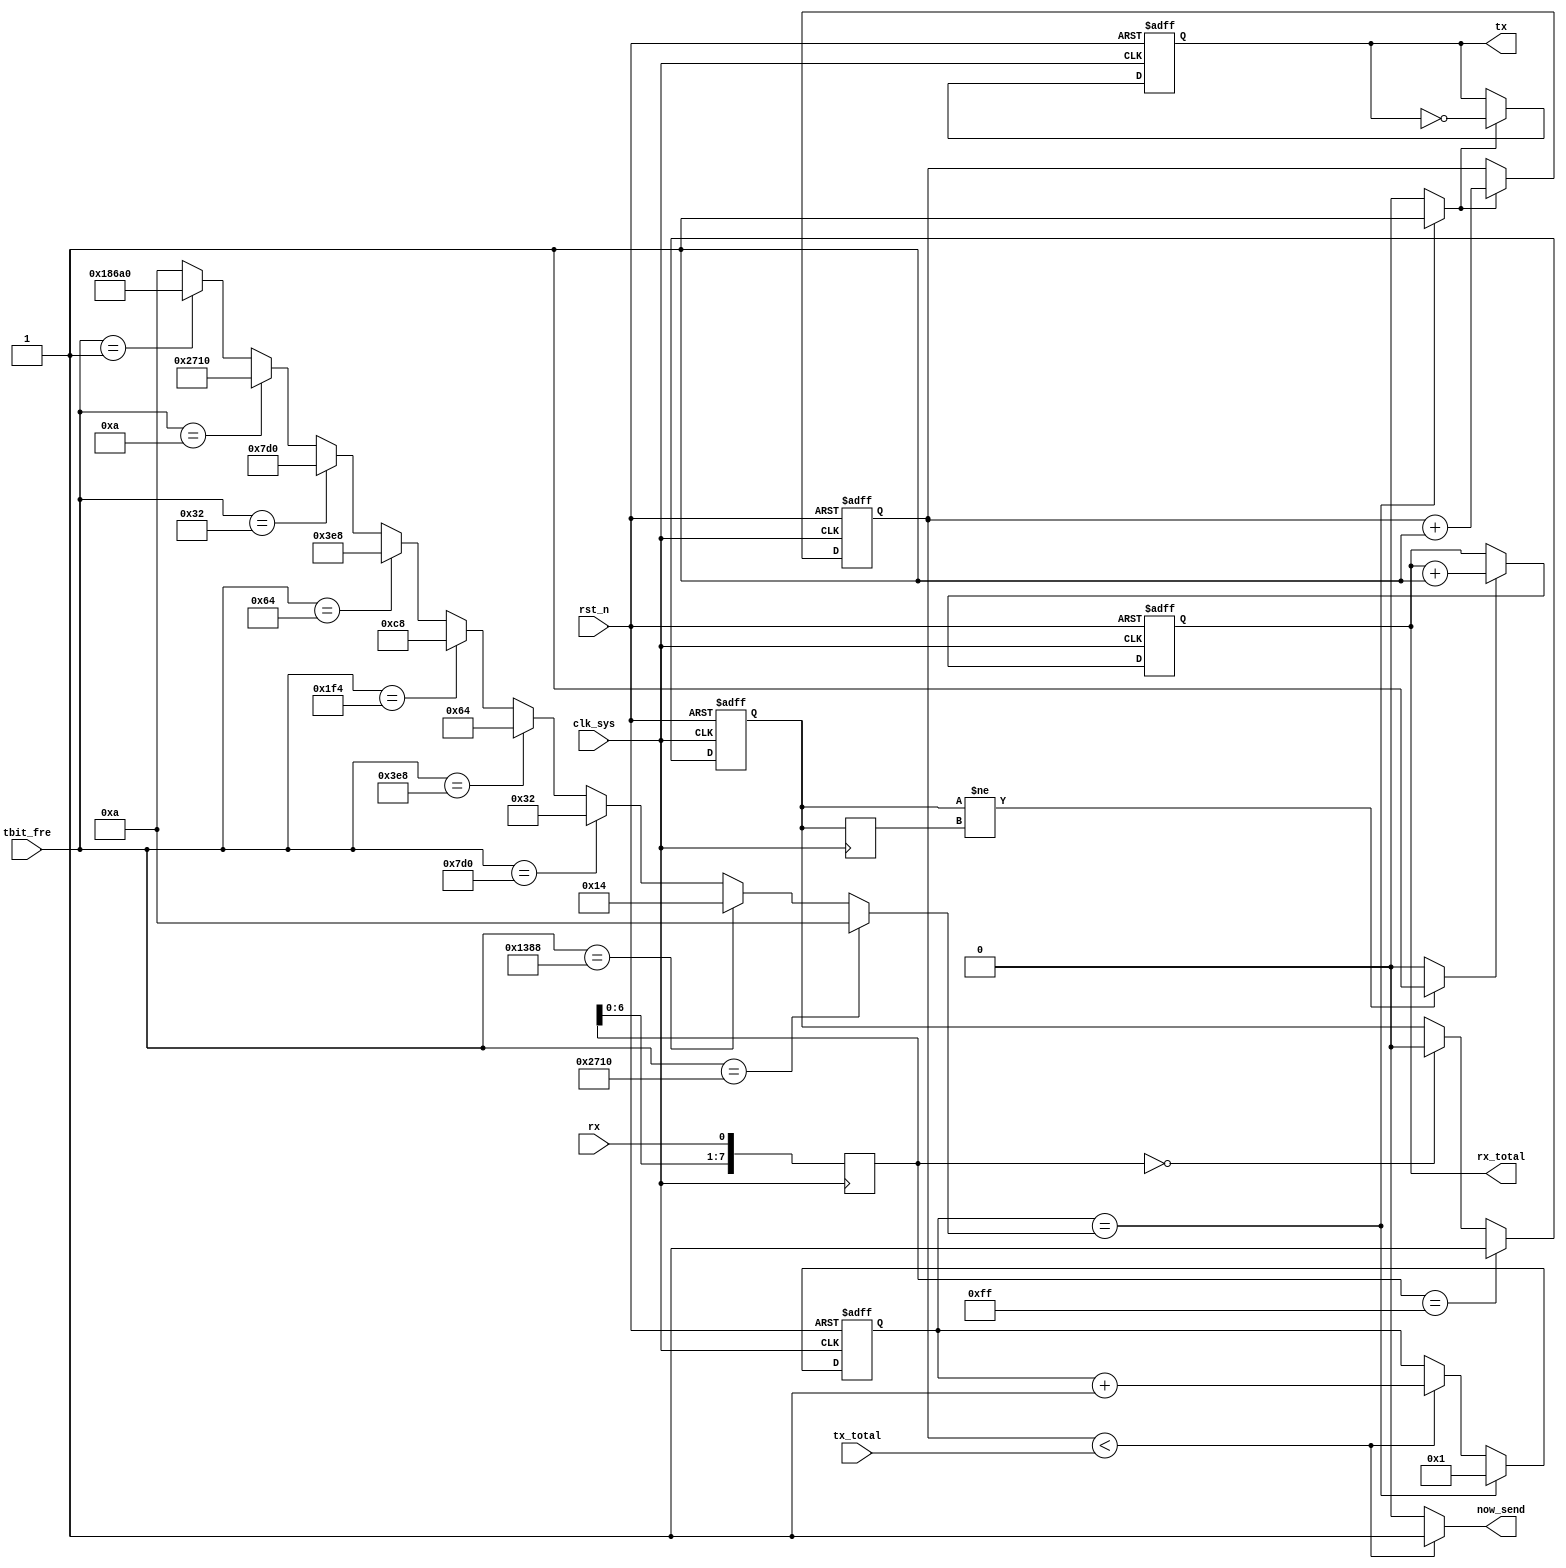
//commu_top.v



module commu_top(
tx,
rx,
//configuration
tbit_fre,
tx_total,
rx_total,
now_send,
//clk rst
clk_sys,
rst_n
);
output tx;
input  rx;
//configuration
input [15:0]	tbit_fre;
input [31:0]	tx_total;
output[31:0]  rx_total;
output now_send;
//clk rst
input clk_sys;
input rst_n;
//---------------------------------------
//---------------------------------------

//--------- tx_bit ---------
wire [19:0] tbit_period;
assign tbit_period =(tbit_fre == 16'd10000) ? 20'd10 :
										(tbit_fre == 16'd5000) ? 20'd20 :
										(tbit_fre == 16'd2000) ? 20'd50 :
										(tbit_fre == 16'd1000) ? 20'd100 :
										(tbit_fre == 16'd500) ? 20'd200 :
										(tbit_fre == 16'd100) ? 20'd1000 :
										(tbit_fre == 16'd50) ? 20'd2000 :
										(tbit_fre == 16'd10) ? 20'd10000 :
										(tbit_fre == 16'd1) ? 20'd100000 : 20'd10;

reg [31:0] cnt_tx;
wire tbit_vld;
always @ (posedge clk_sys or negedge rst_n)	begin
	if(~rst_n)
		cnt_tx <= 32'h0;
	else if(tbit_vld)
		cnt_tx <= cnt_tx + 32'h1;
	else ;
end
										
reg [19:0] cnt_cycle;
always @ (posedge clk_sys or negedge rst_n)	begin
	if(~rst_n)
		cnt_cycle <= 20'h0;
	else if(cnt_cycle == tbit_period)
		cnt_cycle <= 20'h1;
	else if(cnt_tx < tx_total)
		cnt_cycle <= cnt_cycle + 20'h1;
	else ;
end

assign tbit_vld =  (cnt_cycle == tbit_period) ? 1'b1 : 1'b0;

reg tx;
always @ (posedge clk_sys or negedge rst_n)	begin
	if(~rst_n)
		tx <= 1'b1;
	else if(tbit_vld)
		tx <= ~tx;
	else ;
end
wire now_send = (cnt_tx < tx_total) ? 1'b1 : 1'b0;

//--------- rx_bit ---------
reg [7:0]	rx_reg;
always @ (posedge clk_sys) 
	rx_reg <= {rx_reg[6:0],rx};

reg rx_real;
always @ (posedge clk_sys or negedge rst_n)	begin
	if(~rst_n)
		rx_real <= 1'b1;
	else if(rx_reg == 8'hff)
		rx_real <= 1'b1;
	else if(rx_reg == 8'h0)
		rx_real <= 1'b0;
	else ;
end
reg rx_real_delay;
always @ (posedge clk_sys)
	rx_real_delay <= rx_real;
wire rx_vld = (rx_real != rx_real_delay) ? 1'b1 : 1'b0;
	
reg [31:0] rx_total;
always @ (posedge clk_sys or negedge rst_n)	begin
	if(~rst_n)
		rx_total <= 32'h0;
	else if(rx_vld)
		rx_total <= rx_total + 31'h1;
	else ;
end




endmodule